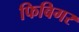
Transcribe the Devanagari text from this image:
फिबिगर